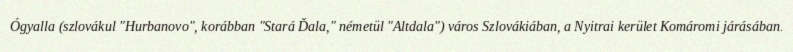
Ógyalla (szlovákul "Hurbanovo", korábban "Stará Ďala," németül "Altdala") város Szlovákiában, a Nyitrai kerület Komáromi járásában.